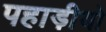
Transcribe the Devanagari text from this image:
पहाड़ीयो